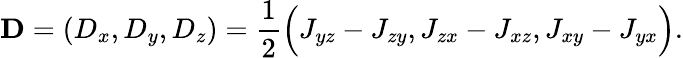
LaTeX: {\mathbf D}=(D_{x},D_{y},D_{z})=\frac{1}{2}\Big(J_{yz}-J_{zy},J_{zx}-J_{xz},J_{xy}-J_{yx}\Big).